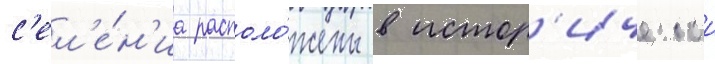
с'ел'е́н'иа располо́жены в истор'ическои